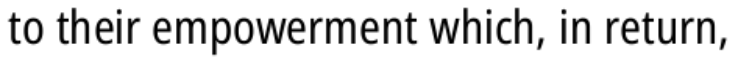
to their empowerment which, in return,